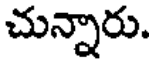
చున్నారు.